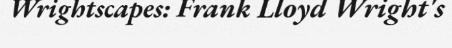
Wrightscapes: Frank Lloyd Wright's